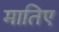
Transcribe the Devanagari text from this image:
मातिए